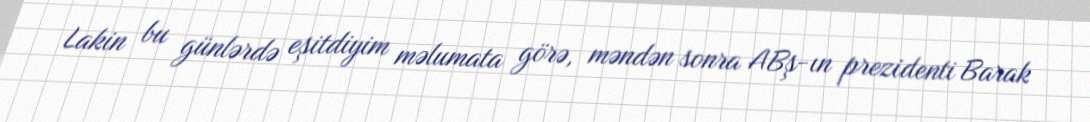
Lakin bu günlərdə eşitdiyim məlumata görə, məndən sonra ABş-ın prezidenti Barak